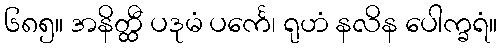
၆၈၅။ အနိတ္ထီ ပဒုမံ ပင်္ကေ၊ ရုဟံ နလိန ပေါက္ခရံ။